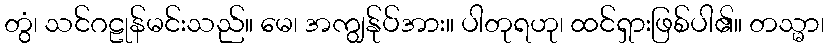
တွံ၊ သင်ဂဠုန်မင်းသည်။ မေ၊ အကျွန်ုပ်အား။ ပါတုရဟု၊ ထင်ရှားဖြစ်ပါ၏။ တသ္မာ၊